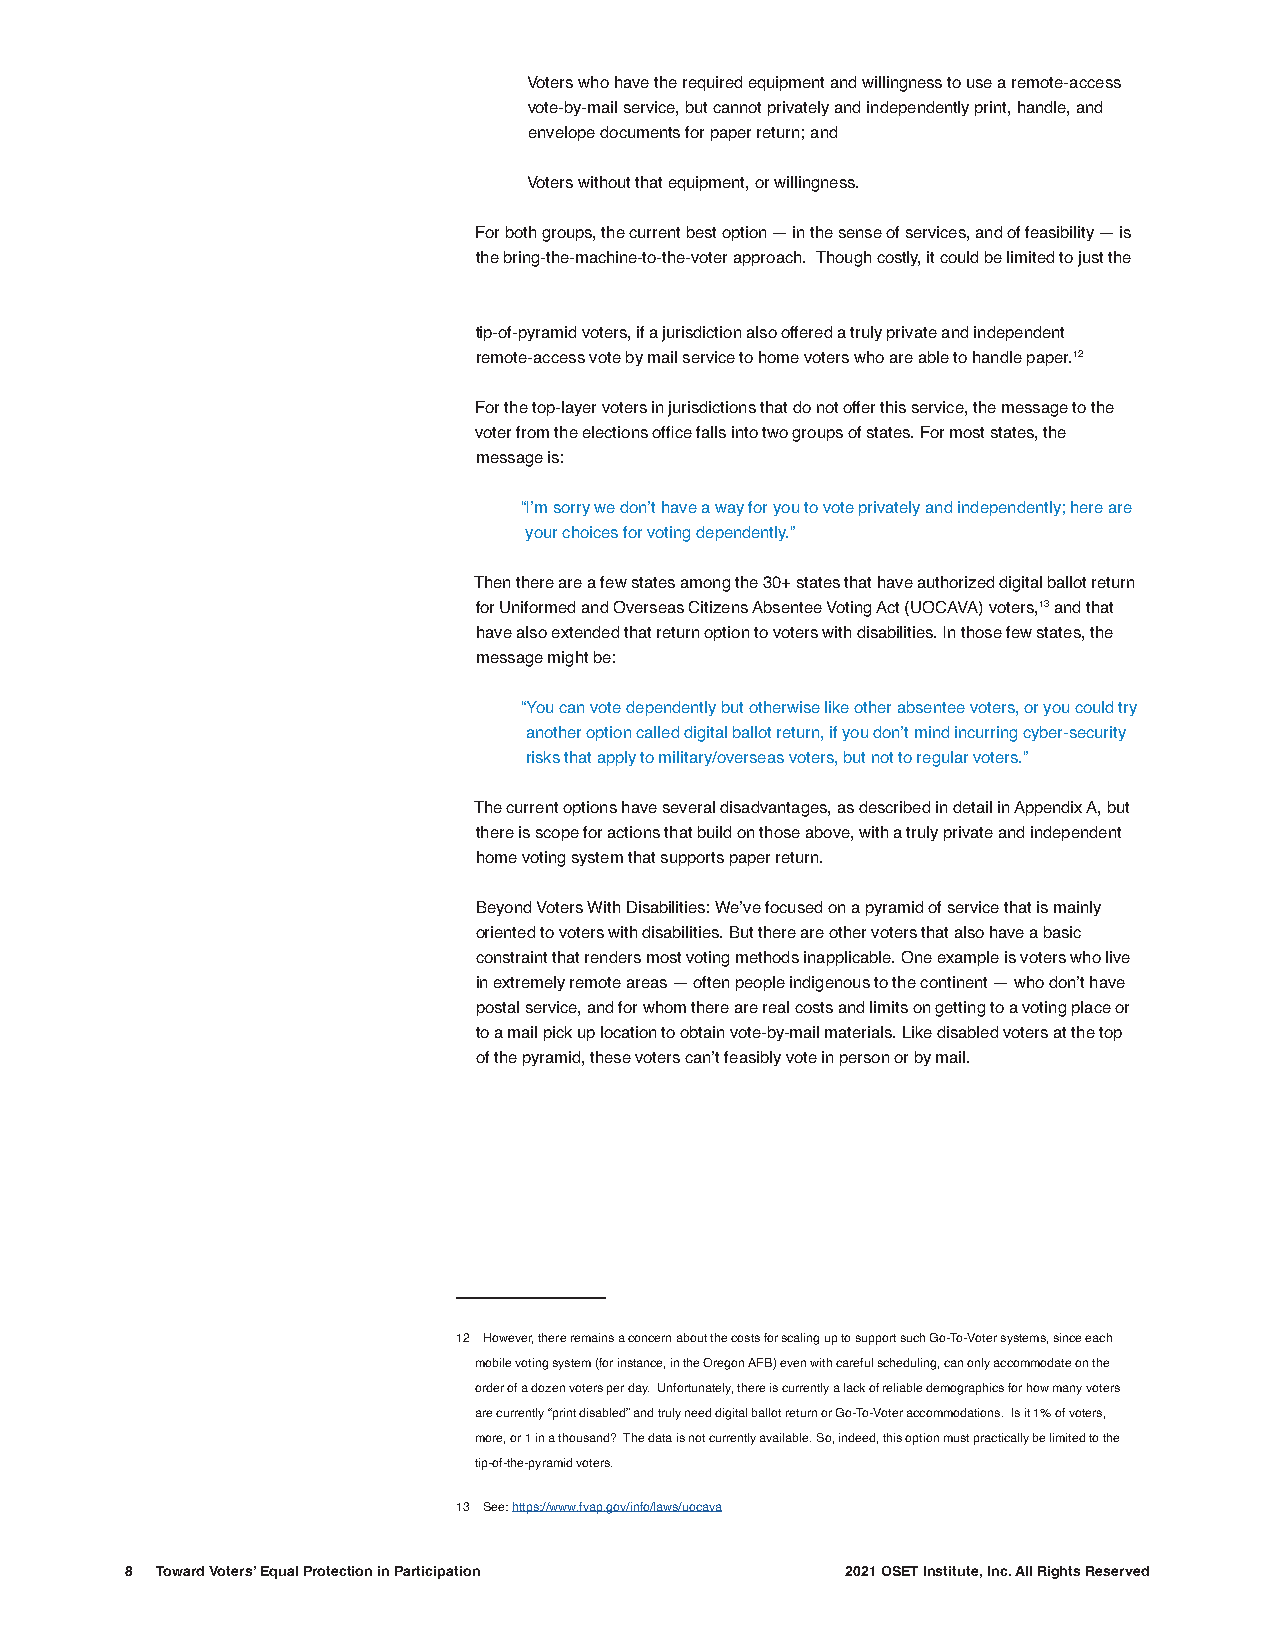
Voters who have the required equipment and willingness to use a remote-access
 vote-by-mail service, but cannot privately and independently print, handle, and
 envelope documents for paper return; and
 Voters without that equipment, or willingness.
 For both groups, the current best option — in the sense of services, and of feasibility — is
 the bring-the-machine-to-the-voter approach. Though costly, it could be limited to just the
 tip-of-pyramid voters, if a jurisdiction also offered a truly private and independent
 remote-access vote by mail service to home voters who are able to handle paper.12
 For the top-layer voters in jurisdictions that do not offer this service, the message to the
 voter from the elections office falls into two groups of states. For most states, the
 message is:
 “I’m sorry we don’t have a way for you to vote privately and independently; here are
 your choices for voting dependently.”
 Then there are a few states among the 30+ states that have authorized digital ballot return
 for Uniformed and Overseas Citizens Absentee Voting Act (UOCAVA) voters,13 and that
 have also extended that return option to voters with disabilities. In those few states, the
 message might be:
 “You can vote dependently but otherwise like other absentee voters, or you could try
 another option called digital ballot return, if you don’t mind incurring cyber-security
 risks that apply to military/overseas voters, but not to regular voters.”
 The current options have several disadvantages, as described in detail in Appendix A, but
 there is scope for actions that build on those above, with a truly private and independent
 home voting system that supports paper return.
 Beyond Voters With Disabilities: We’ve focused on a pyramid of service that is mainly
 oriented to voters with disabilities. But there are other voters that also have a basic
 constraint that renders most voting methods inapplicable. One example is voters who live
 in extremely remote areas — often people indigenous to the continent — who don’t have
 postal service, and for whom there are real costs and limits on getting to a voting place or
 to a mail pick up location to obtain vote-by-mail materials. Like disabled voters at the top
 of the pyramid, these voters can’t feasibly vote in person or by mail.
 12 However, there remains a concern about the costs for scaling up to support such Go-To-Voter systems, since each
 mobile voting system (for instance, in the Oregon AFB) even with careful scheduling, can only accommodate on the
 order of a dozen voters per day. Unfortunately, there is currently a lack of reliable demographics for how many voters
 are currently “print disabled” and truly need digital ballot return or Go-To-Voter accommodations. Is it 1% of voters,
 more, or 1 in a thousand? The data is not currently available. So, indeed, this option must practically be limited to the
 tip-of-the-pyramid voters.
 13 See: https://www.fvap.gov/info/laws/uocava
 8 Toward Voters’ Equal Protection in Participation 2021 OSET Institute, Inc. All Rights Reserved